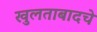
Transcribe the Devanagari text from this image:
खुलताबादचे